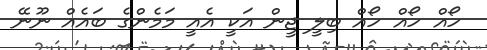
ހޯއް ހޯއް ހޯއް ބިލީ ޖީން އަކީ އެއީ މަމެންގެ ބައެއް ނޫނޭ